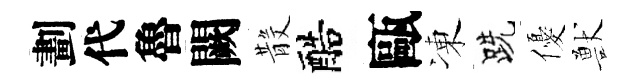
劃代魯闕𣪚醅甌凍跣優獸